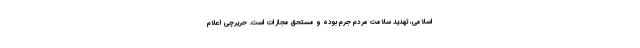
اسلامی، تهدید سلامت مردم جرم بوده و مستحق مجازات است. حریرچی اعلام